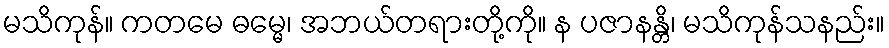
မသိကုန်။ ကတမေ ဓမ္မေ၊ အဘယ်တရားတို့ကို။ န ပဇာနန္တိ၊ မသိကုန်သနည်း။